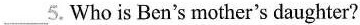
___5. Who is Ben's mother's daughter?